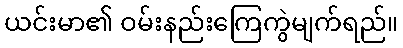
ယင်းမာ၏ ဝမ်းနည်းကြေကွဲမျက်ရည်။